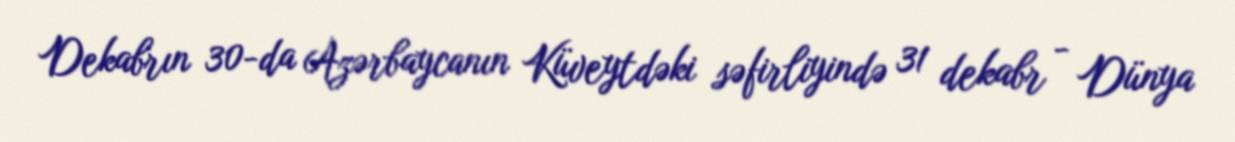
Dekabrın 30-da Azərbaycanın Küveytdəki səfirliyində 31 dekabr - Dünya